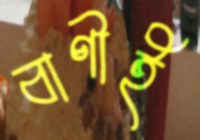
বাণীই